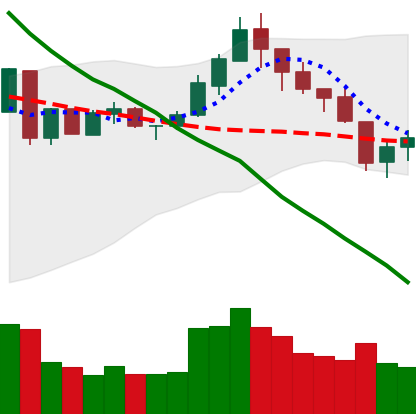
Ticker: LTC-USD
Chart end date: 2018-05-13
Forward return: -5.9%
Label: down_5_7